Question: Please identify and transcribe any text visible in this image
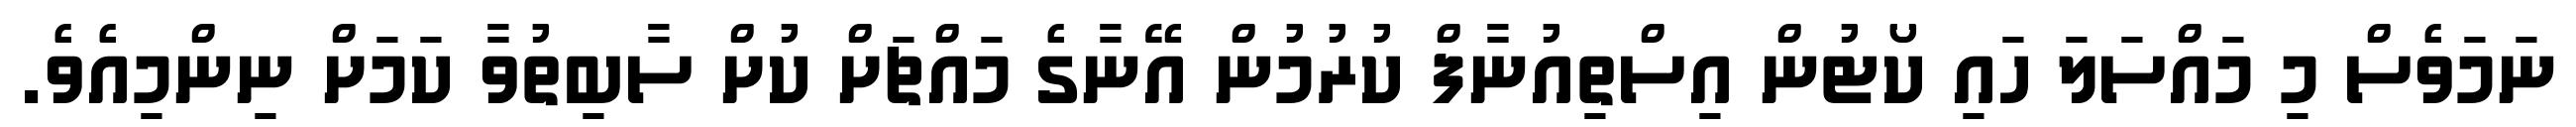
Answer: ނަމަވެސް މި މައްސަލަ ހައި ކޯޓުން އިސްތިއުނާފް ކުރުމުން އޭނާގެ މައްޗަށް ކުށް ސާބިތުވާ ކަމަށް ނިންމިއެވެ.